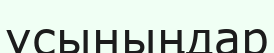
ұсыныңдар